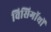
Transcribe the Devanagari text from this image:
विसिगॉथों